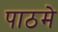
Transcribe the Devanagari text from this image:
पाठमे